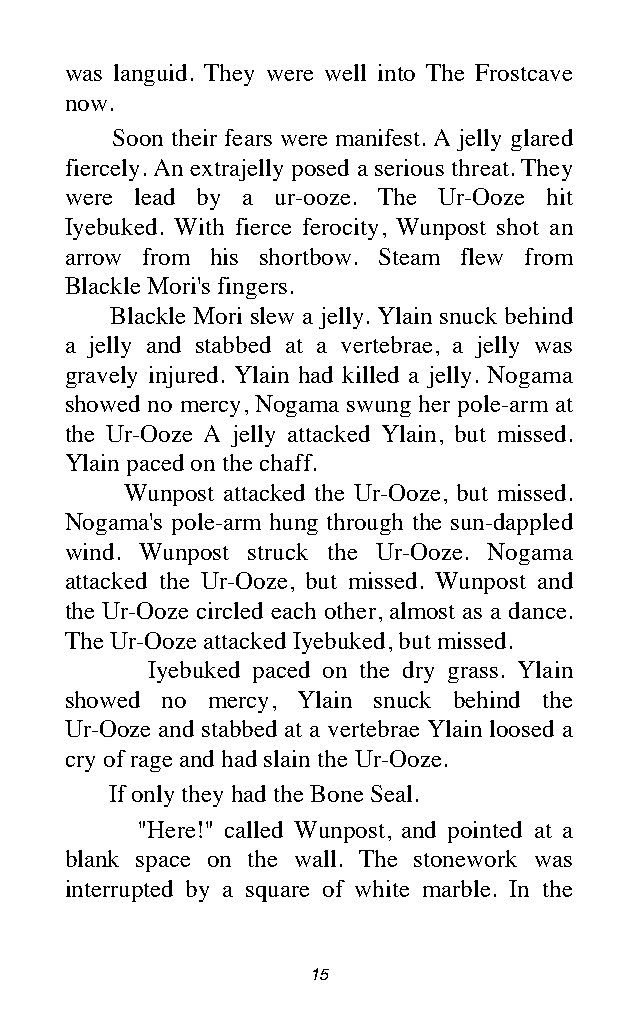
was languid. They were well into The Frostcave
 now.
 Soon their fears were manifest. A jelly glared
 fiercely. An extrajelly posed a serious threat. They
 were lead by a ur-ooze. The Ur-Ooze hit
 Iyebuked. With fierce ferocity, Wunpost shot an
 arrow from his shortbow. Steam flew from
 Blackle Mori's fingers.
 Blackle Mori slew a jelly. Ylain snuck behind
 a jelly and stabbed at a vertebrae, a jelly was
 gravely injured. Ylain had killed a jelly. Nogama
 showed no mercy, Nogama swung her pole-arm at
 the Ur-Ooze A jelly attacked Ylain, but missed.
 Ylain paced on the chaff.
 Wunpost attacked the Ur-Ooze, but missed.
 Nogama's pole-arm hung through the sun-dappled
 wind. Wunpost struck the Ur-Ooze. Nogama
 attacked the Ur-Ooze, but missed. Wunpost and
 the Ur-Ooze circled each other, almost as a dance.
 The Ur-Ooze attacked Iyebuked, but missed.
 Iyebuked paced on the dry grass. Ylain
 showed no mercy, Ylain snuck behind the
 Ur-Ooze and stabbed at a vertebrae Ylain loosed a
 cry of rage and had slain the Ur-Ooze.
 If only they had the Bone Seal.
 "Here!" called Wunpost, and pointed at a
 blank space on the wall. The stonework was
 interrupted by a square of white marble. In the
 15